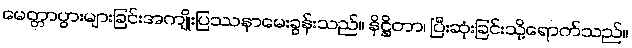
မေတ္တာပွားများခြင်းအကျိုးပြဿနာမေးခွန်းသည်။ နိဋ္ဌိတာ၊ ပြီးဆုံးခြင်းသို့ရောက်သည်။